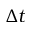
\Delta t